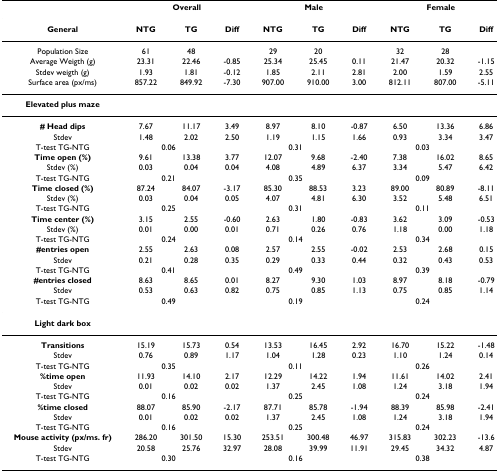
<table><thead><tr><td></td><td colspan="3"><b>Overall</b></td><td colspan="3"><b>Male</b></td><td colspan="3"><b>Female</b></td></tr></thead><tbody><tr><td><b>General</b></td><td><b>NTG</b></td><td><b>TG</b></td><td><b>Diff</b></td><td><b>NTG</b></td><td><b>TG</b></td><td><b>Diff</b></td><td><b>NTG</b></td><td><b>TG</b></td><td><b>Diff</b></td></tr><tr><td>Population Size</td><td>61</td><td>48</td><td></td><td>29</td><td>20</td><td></td><td>32</td><td>28</td><td></td></tr><tr><td>Average Weigth (g)</td><td>23.31</td><td>22.46</td><td>-0.85</td><td>25.34</td><td>25.45</td><td>0.11</td><td>21.47</td><td>20.32</td><td>-1.15</td></tr><tr><td>Stdev weigth (g)</td><td>1.93</td><td>1.81</td><td>-0.12</td><td>1.85</td><td>2.11</td><td>2.81</td><td>2.00</td><td>1.59</td><td>2.55</td></tr><tr><td>Surface area (px/ms)</td><td>857.22</td><td>849.92</td><td>-7.30</td><td>907.00</td><td>910.00</td><td>3.00</td><td>812.11</td><td>807.00</td><td>-5.11</td></tr><tr><td><b>Elevated plus maze</b></td><td></td><td></td><td></td><td></td><td></td><td></td><td></td><td></td><td></td></tr><tr><td><b># Head dips</b></td><td>7.67</td><td>11.17</td><td>3.49</td><td>8.97</td><td>8.10</td><td>-0.87</td><td>6.50</td><td>13.36</td><td>6.86</td></tr><tr><td>Stdev</td><td>1.48</td><td>2.02</td><td>2.50</td><td>1.19</td><td>1.15</td><td>1.66</td><td>0.93</td><td>3.34</td><td>3.47</td></tr><tr><td>T-test TG-NTG</td><td colspan="2">0.06</td><td></td><td colspan="2">0.31</td><td></td><td colspan="2">0.03</td><td></td></tr><tr><td><b>Time open (%)</b></td><td>9.61</td><td>13.38</td><td>3.77</td><td>12.07</td><td>9.68</td><td>-2.40</td><td>7.38</td><td>16.02</td><td>8.65</td></tr><tr><td>Stdev (%)</td><td>0.03</td><td>0.04</td><td>0.04</td><td>4.08</td><td>4.89</td><td>6.37</td><td>3.34</td><td>5.47</td><td>6.42</td></tr><tr><td>T-test TG-NTG</td><td colspan="2">0.21</td><td></td><td colspan="2">0.35</td><td></td><td colspan="2">0.09</td><td></td></tr><tr><td><b>Time closed (%)</b></td><td>87.24</td><td>84.07</td><td>-3.17</td><td>85.30</td><td>88.53</td><td>3.23</td><td>89.00</td><td>80.89</td><td>-8.11</td></tr><tr><td>Stdev (%)</td><td>0.03</td><td>0.04</td><td>0.05</td><td>4.07</td><td>4.81</td><td>6.30</td><td>3.52</td><td>5.48</td><td>6.51</td></tr><tr><td>T-test TG-NTG</td><td colspan="2">0.25</td><td></td><td colspan="2">0.31</td><td></td><td colspan="2">0.11</td><td></td></tr><tr><td><b>Time center (%)</b></td><td>3.15</td><td>2.55</td><td>-0.60</td><td>2.63</td><td>1.80</td><td>-0.83</td><td>3.62</td><td>3.09</td><td>-0.53</td></tr><tr><td>Stdev (%)</td><td>0.01</td><td>0.00</td><td>0.01</td><td>0.71</td><td>0.26</td><td>0.76</td><td>1.18</td><td>0.00</td><td>1.18</td></tr><tr><td>T-test TG-NTG</td><td colspan="2">0.24</td><td></td><td colspan="2">0.14</td><td></td><td colspan="2">0.34</td><td></td></tr><tr><td><b>#entries open</b></td><td>2.55</td><td>2.63</td><td>0.08</td><td>2.57</td><td>2.55</td><td>-0.02</td><td>2.53</td><td>2.68</td><td>0.15</td></tr><tr><td>Stdev</td><td>0.21</td><td>0.28</td><td>0.35</td><td>0.29</td><td>0.33</td><td>0.44</td><td>0.32</td><td>0.43</td><td>0.53</td></tr><tr><td>T-test TG-NTG</td><td colspan="2">0.41</td><td></td><td colspan="2">0.49</td><td></td><td colspan="2">0.39</td><td></td></tr><tr><td><b>#entries closed</b></td><td>8.63</td><td>8.65</td><td>0.01</td><td>8.27</td><td>9.30</td><td>1.03</td><td>8.97</td><td>8.18</td><td>-0.79</td></tr><tr><td>Stdev</td><td>0.53</td><td>0.63</td><td>0.82</td><td>0.75</td><td>0.85</td><td>1.13</td><td>0.75</td><td>0.85</td><td>1.14</td></tr><tr><td>T-test TG-NTG</td><td colspan="2">0.49</td><td></td><td colspan="2">0.19</td><td></td><td colspan="2">0.24</td><td></td></tr><tr><td><b>Light dark box</b></td><td></td><td></td><td></td><td></td><td></td><td></td><td></td><td></td><td></td></tr><tr><td><b>Transitions</b></td><td>15.19</td><td>15.73</td><td>0.54</td><td>13.53</td><td>16.45</td><td>2.92</td><td>16.70</td><td>15.22</td><td>-1.48</td></tr><tr><td>Stdev</td><td>0.76</td><td>0.89</td><td>1.17</td><td>1.04</td><td>1.28</td><td>0.23</td><td>1.10</td><td>1.24</td><td>0.14</td></tr><tr><td>T-test TG-NTG</td><td colspan="2">0.35</td><td></td><td colspan="2">0.11</td><td></td><td colspan="2">0.26</td><td></td></tr><tr><td><b>%time open</b></td><td>11.93</td><td>14.10</td><td>2.17</td><td>12.29</td><td>14.22</td><td>1.94</td><td>11.61</td><td>14.02</td><td>2.41</td></tr><tr><td>Stdev</td><td>0.01</td><td>0.02</td><td>0.02</td><td>1.37</td><td>2.45</td><td>1.08</td><td>1.24</td><td>3.18</td><td>1.94</td></tr><tr><td>T-test TG-NTG</td><td colspan="2">0.16</td><td></td><td colspan="2">0.25</td><td></td><td colspan="2">0.24</td><td></td></tr><tr><td><b>%time closed</b></td><td>88.07</td><td>85.90</td><td>-2.17</td><td>87.71</td><td>85.78</td><td>-1.94</td><td>88.39</td><td>85.98</td><td>-2.41</td></tr><tr><td>Stdev</td><td>0.01</td><td>0.02</td><td>0.02</td><td>1.37</td><td>2.45</td><td>1.08</td><td>1.24</td><td>3.18</td><td>1.94</td></tr><tr><td>T-test TG-NTG</td><td colspan="2">0.16</td><td></td><td colspan="2">0.25</td><td></td><td colspan="2">0.24</td><td></td></tr><tr><td><b>Mouse activity (px/ms. fr)</b></td><td>286.20</td><td>301.50</td><td>15.30</td><td>253.51</td><td>300.48</td><td>46.97</td><td>315.83</td><td>302.23</td><td>-13.6</td></tr><tr><td>Stdev</td><td>20.58</td><td>25.76</td><td>32.97</td><td>28.08</td><td>39.99</td><td>11.91</td><td>29.45</td><td>34.32</td><td>4.87</td></tr><tr><td>T-test TG-NTG</td><td colspan="2">0.30</td><td></td><td colspan="2">0.16</td><td></td><td colspan="2">0.38</td><td></td></tr></tbody></table>